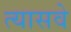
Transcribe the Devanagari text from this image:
त्यासवे